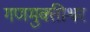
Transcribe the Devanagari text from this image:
गणमुक्तीश्वर